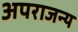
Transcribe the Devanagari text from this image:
अपराजन्य